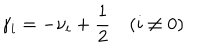
\gamma _ { i } = - \nu _ { i } + \frac 1 2 \quad ( i \not = 0 )